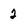
Character: 2